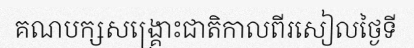
គណបក្សសង្គ្រោះជាតិកាលពីរសៀលថ្ងៃទី